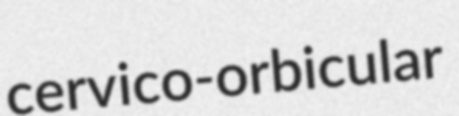
cervico-orbicular